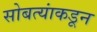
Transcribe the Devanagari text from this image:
सोबत्यांकडून